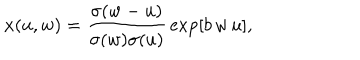
x ( u , w ) = { \frac { \sigma ( w - u ) } { \sigma ( w ) \sigma ( u ) } } \exp [ b \, w \, u ] ,